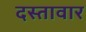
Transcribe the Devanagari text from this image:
दस्तावार